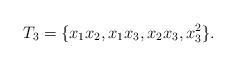
LaTeX: \begin{align*}T_3=\{x_1x_2, x_1x_3,x_2x_3,x_3^2\}.\end{align*}